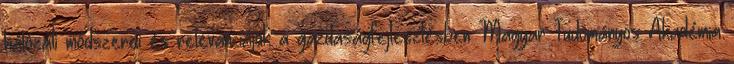
hálózati módszerei és relevanciájuk a gazdaságfejlesztésben Magyar Tudományos Akadémia